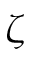
\zeta